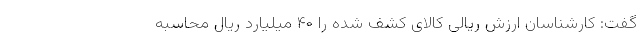
گفت: کارشناسان ارزش ریالی کالای کشف شده را ۴۰ میلیارد ریال محاسبه